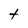
Character: t